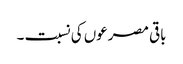
باقی مصرعوں کی نسبت ۔